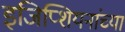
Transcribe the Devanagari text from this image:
इजिप्शियनांच्या